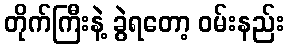
တိုက်ကြီးနဲ့ ခွဲရတော့ ဝမ်းနည်း